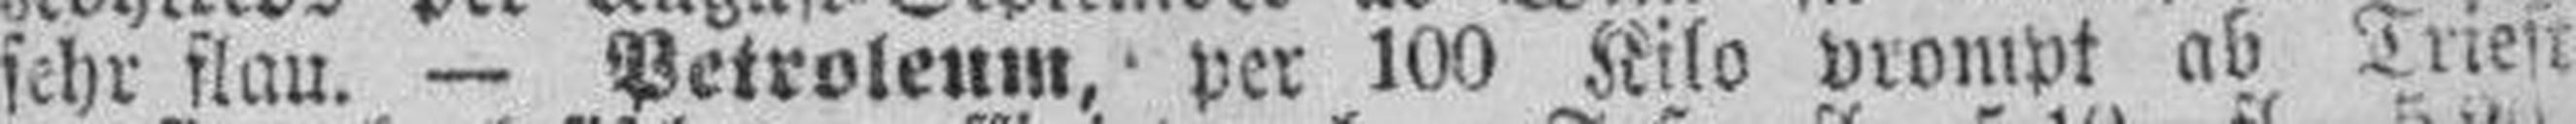
sehr flau. — Petroleum, per 100 Kilo prompt ab Triest